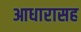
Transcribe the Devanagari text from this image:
आधारासह